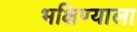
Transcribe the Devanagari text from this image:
भक्षिण्याला